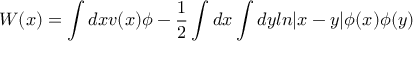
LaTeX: W ( x ) = \int d x v ( x ) \phi - { \frac { 1 } { 2 } } \int d x \int d y l n | x - y | \phi ( x ) \phi ( y )